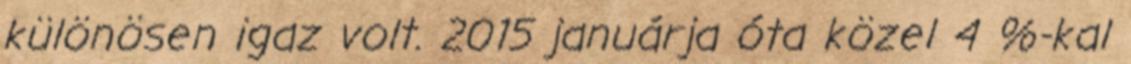
különösen igaz volt. 2015 januárja óta közel 4 %-kal